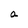
Character: a